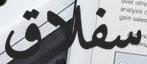
سفلاق